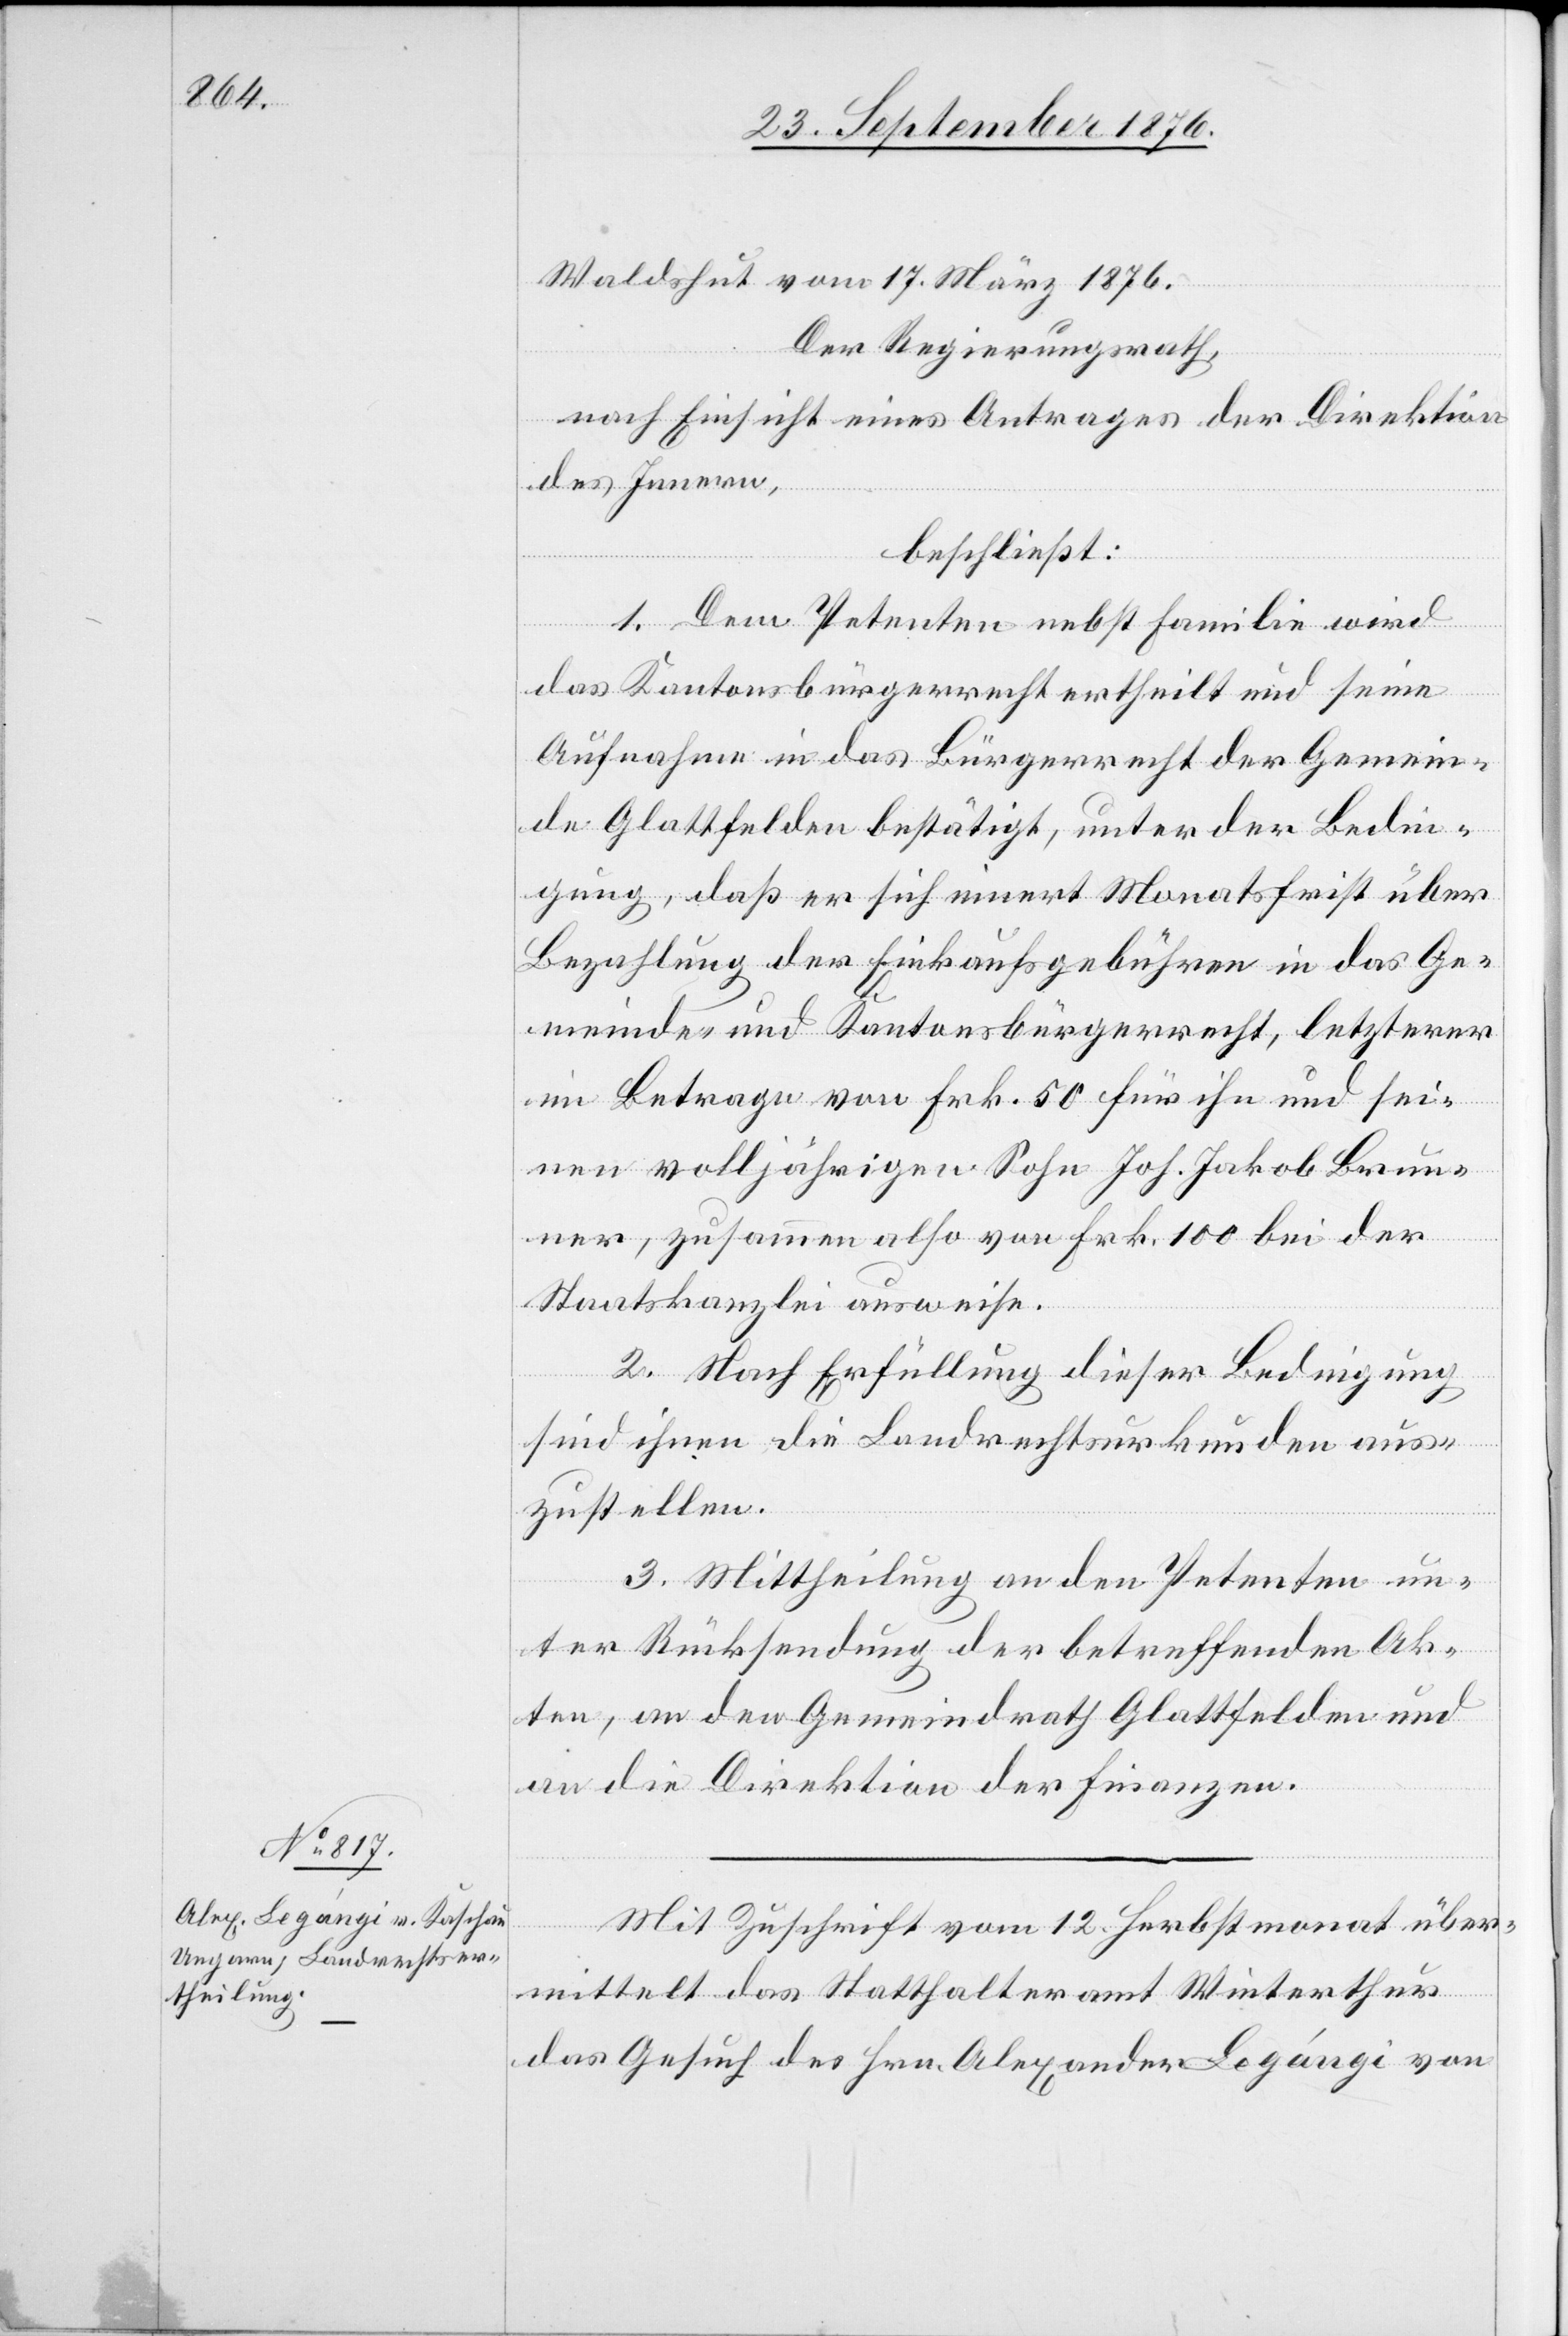
Mit Zuschrift vom 12. Herbstmonat über¬
mittelt das Statthalteramt Winterthur
das Gesuch des Hrn. Alexander Legángi von